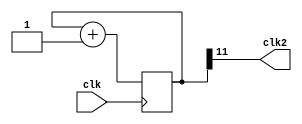
module clk_div(
    input clk,

    output clk2
);

reg [11:0]cnt = 0;

assign clk2 = cnt[11];

always @(posedge clk) begin
    cnt <= cnt + 12'b1;
end

endmodule